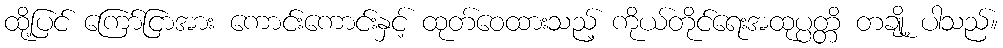
ထို့ပြင် ကြော်ငြာအား ကောင်းကောင်းနှင့် ထုတ်ဝေထားသည့် ကိုယ်တိုင်ရေးအထုပ္ပတ္တိ တချို့ ပါသည်။